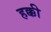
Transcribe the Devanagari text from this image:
हक्की